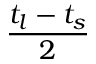
\frac { t _ { l } - t _ { s } } { 2 }